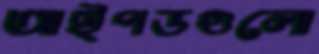
আইপডগুলো